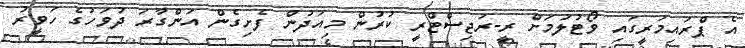
އެ ޕްރައިމަރީގައި ވޯޓުލުމަށް ރީ-ރަޖިސްޓްރީ ކުރުން މިއަދުން ފެށިގެން އަންގާރަ ދުވަހުގެ ހަވީރު